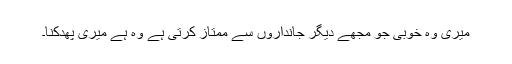
میری وہ خوبی جو مجھے دیگر جانداروں سے ممتاز کرتی ہے وہ ہے میری پُھدکنا۔